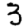
Digit: 3